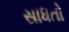
સાધતો